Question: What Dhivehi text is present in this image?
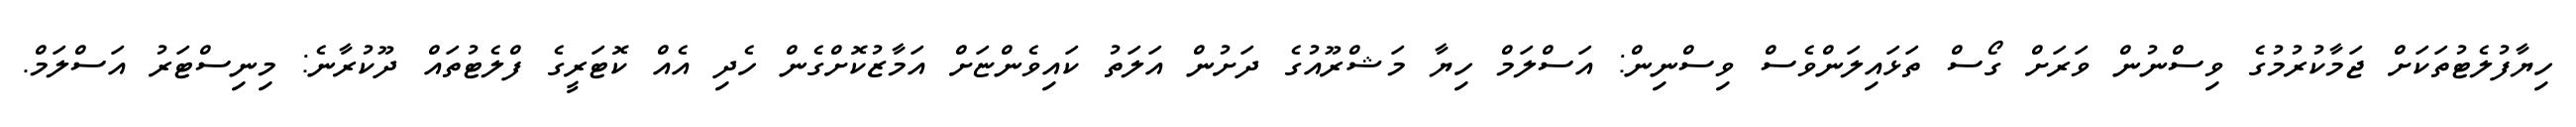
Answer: ހިޔާފުލެޓުތަކަށް ޖަމާކުރުމުގެ ވިސްނުން ވަރަށް ގޯސް ތަޅައިލަންވެސް ވިސްނިން: އަސްލަމް ހިޔާ މަޝްރޫއުގެ ދަށުން އަލަތު ކައިވެންޏަށް އަމާޒުކޮށްގެން ހެދި އެއް ކޮޓަރީގެ ފްލެޓުތައް ދޫކުރާނެ: މިނިސްޓަރު އަސްލަމް.